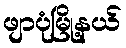
ဖျာပုံမြို့နယ်